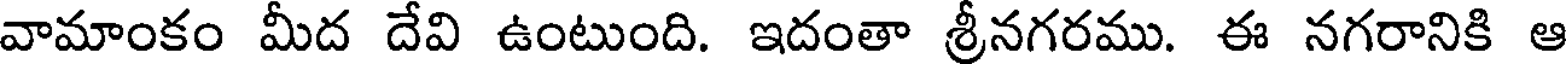
వామాంకం మీద దేవి ఉంటుంది. ఇదంతా శ్రీనగరము. ఈ నగరానికి ఆ